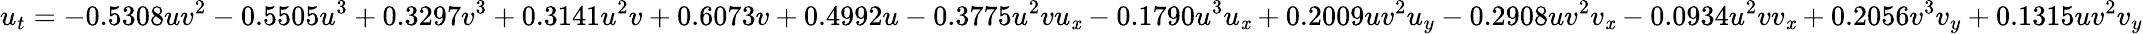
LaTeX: u_{t}=-0.5308uv^{2}-0.5505u^{3}+0.3297v^{3}+0.3141u^{2}v+0.6073v+0.4992u-0.3775u^{2}vu_{\mathit{x}}-0.1790u^{3}u_{\mathit{x}}+0.2009uv^{2}u_{y}-0.2908uv^{2}v_{\mathit{x}}-0.0934u^{2}vv_{\mathit{x}}+0.2056v^{3}v_{y}+0.1315uv^{2}v_{y}